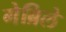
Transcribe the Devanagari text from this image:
गेब्रिले